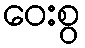
ဝေးစွ